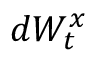
d W _ { t } ^ { x }